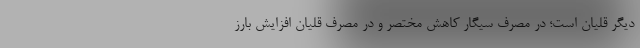
دیگر قلیان است؛ در مصرف سیگار کاهش مختصر و در مصرف قلیان افزایش بارز